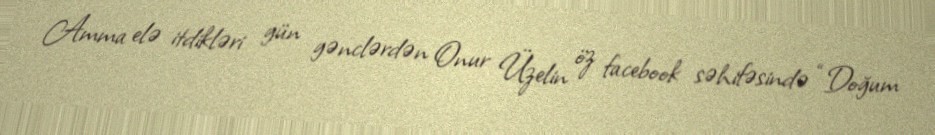
Amma elə itdikləri gün gənclərdən Onur Üzelin öz facebook səhifəsində “Doğum